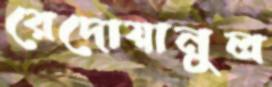
রেদোয়ানুল